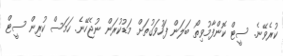
ކުރެވޭނެ. ސީޓް ކޮންފާމުވިތޯ ބަލަން ފަހުވަގުތަށް މަޑުކުރަން ނުޖެހޭނެ. ހަމަސް ކުރިން ސީޓް